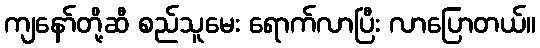
ကျနော်တို့ဆီ စည်သူမေး ရောက်လာပြီး လာပြောတယ်။